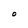
Character: O